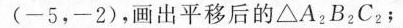
(-5，-2)，画出平移后的△A_{2}B_{2}C_{2}；